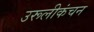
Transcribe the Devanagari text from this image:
उरूलीकंचन